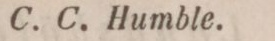
C. C. Humble.